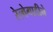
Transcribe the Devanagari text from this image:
रेल्वेगाडीने